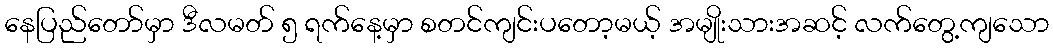
နေပြည်တော်မှာ ဒီလမတ် ၅ ရက်နေ့မှာ စတင်ကျင်းပတော့မယ့် အမျိုးသားအဆင့် လက်တွေ့ကျသော